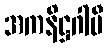
အကနိဋ္ဌဂါမီ